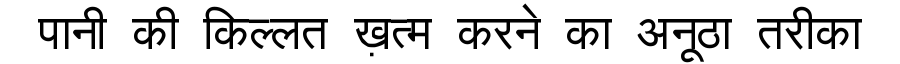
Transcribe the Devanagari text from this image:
पानी की किल्लत ख़त्म करने का अनूठा तरीका